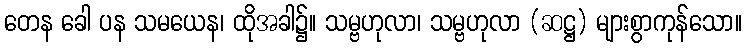
တေန ခေါ ပန သမယေန၊ ထိုအခါ၌။ သမ္ဗဟုလာ၊ သမ္ဗဟုလာ (ဆဋ္ဌ) များစွာကုန်သော။